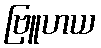
ဗြူဟယ